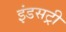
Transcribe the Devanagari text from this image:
इंडसट्री